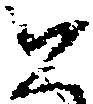
と